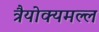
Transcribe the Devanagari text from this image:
त्रैयोक्यमल्ल